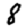
Digit: 8